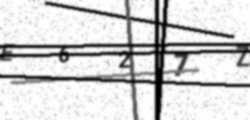
Text: E627Z